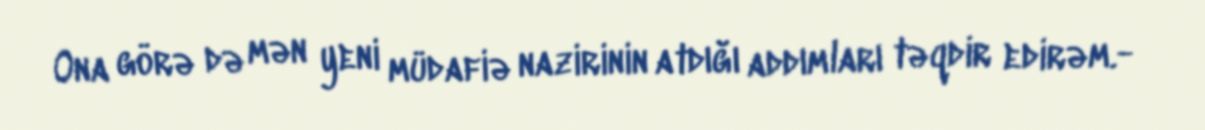
Ona görə də mən yeni müdafiə nazirinin atdığı addımları təqdir edirəm.-